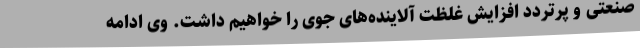
صنعتی و پرتردد افزایش غلظت آلاینده‌های جوی را خواهیم داشت. وی ادامه